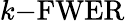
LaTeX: k{\mathrm{-FWER}}